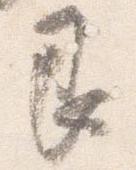
艮